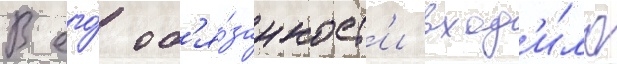
В его́ об'я́занност'и вход'и́ло